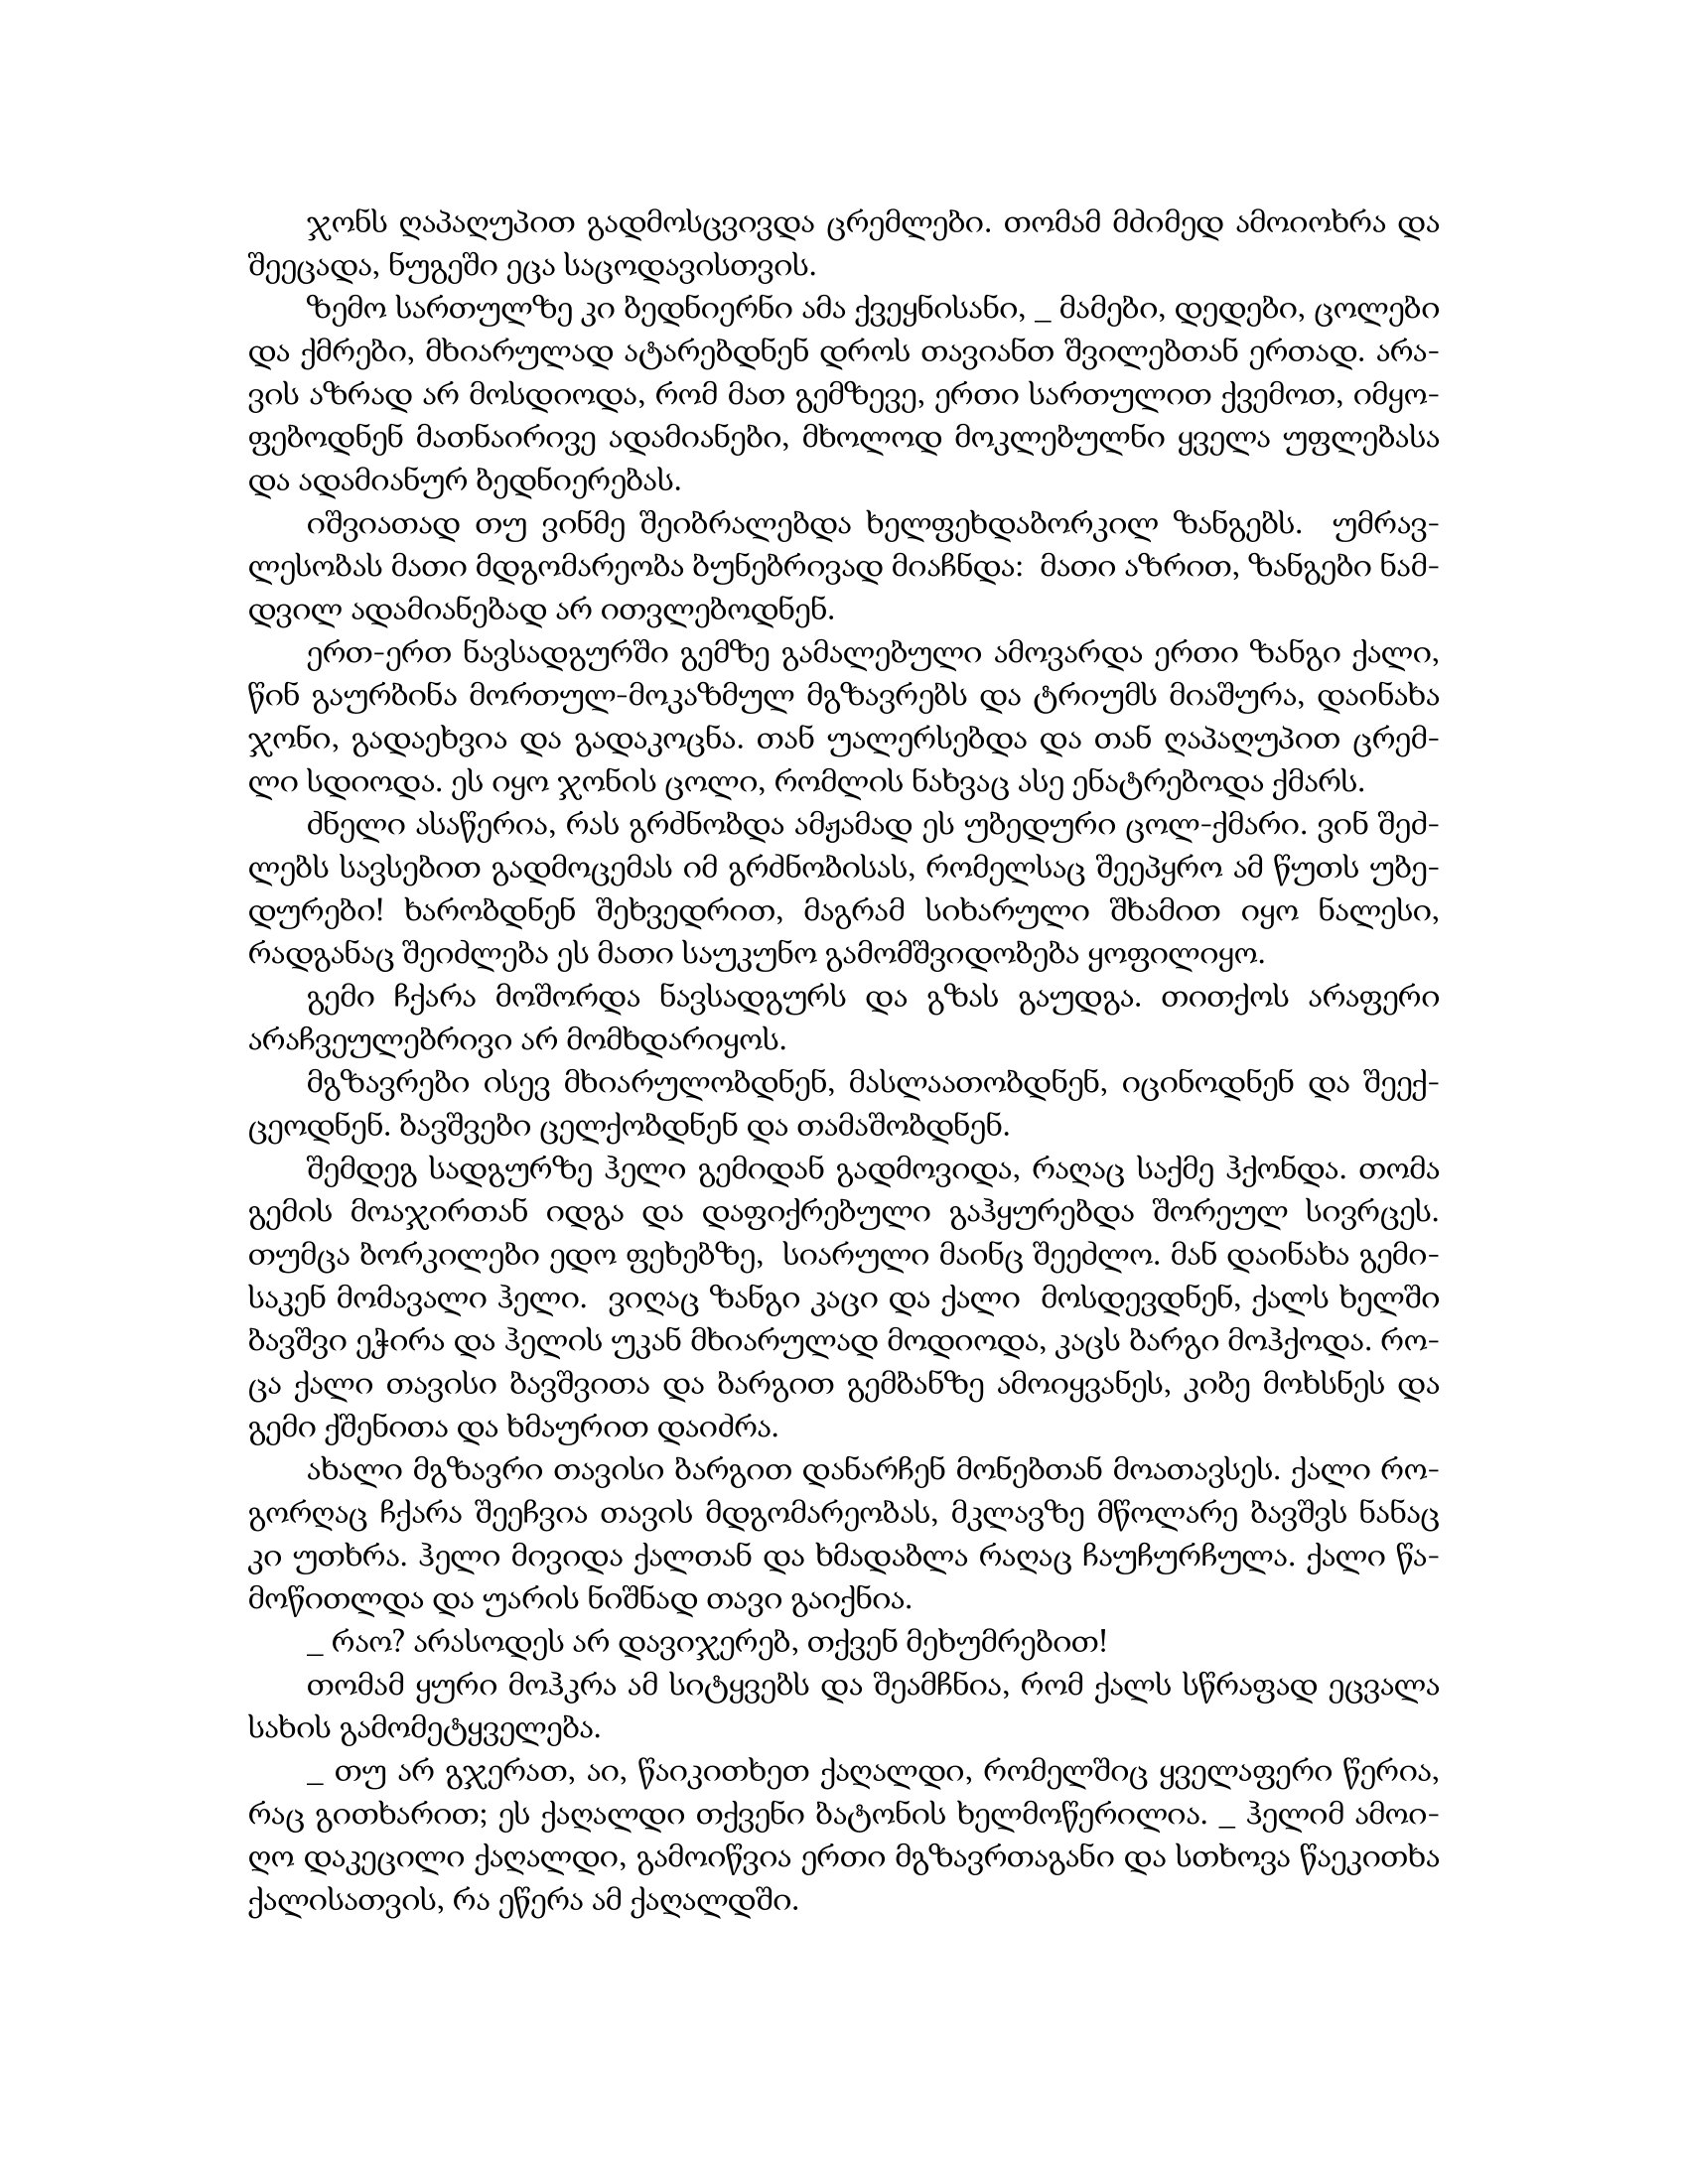
Language: gr